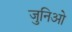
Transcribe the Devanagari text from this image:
जुनिओ